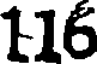
116